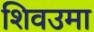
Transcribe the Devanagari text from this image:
शिवउमा